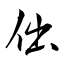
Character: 㑁